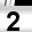
Digit: 2